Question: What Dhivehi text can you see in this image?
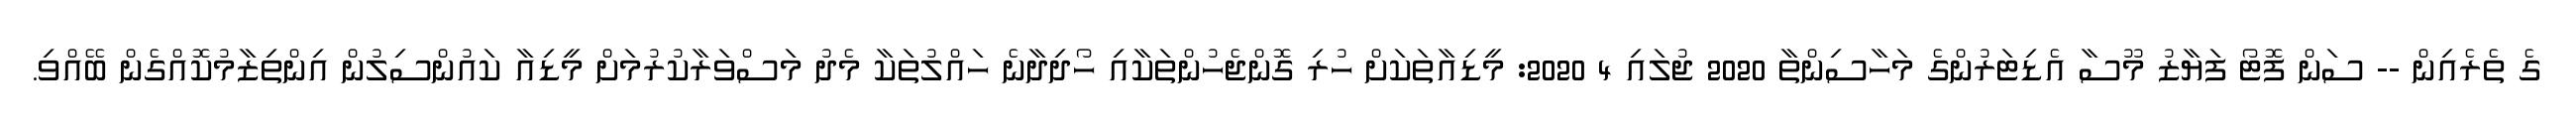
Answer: ގެ ތެރެއިން -- ސަން ފޮޓޯ ފަޔާޒު މޫސާ އެޑިޓަރުންގެ މަހާސިންތާ 2020 ޖުލައި 4 2020: މީޑިއާތަކަށް ހުރި ގޮންޖެހުންތަކާއި ހޯދިދާނެ ހައްލުތަކާ މެދު މަސްވަރާކުރުމަށް މީޑިއާ ކައުންސިލުން އިންތިޒާމުކޮއްގެން ބޭއްވި.